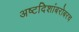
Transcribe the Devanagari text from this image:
अष्टदिशांबरोबरच